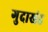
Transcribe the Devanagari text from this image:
गुदाखंड